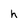
Character: h